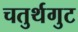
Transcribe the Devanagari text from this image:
चतुर्थगुट